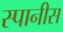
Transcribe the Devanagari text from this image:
स्पानीस